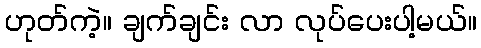
ဟုတ်ကဲ့။ ချက်ချင်း လာ လုပ်ပေးပါ့မယ်။